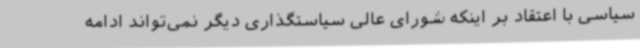
سیاسی با اعتقاد بر اینکه شورای عالی سیاستگذاری دیگر نمی‌تواند ادامه